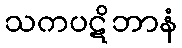
သကပဋိဘာနံ